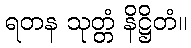
ရတန သုတ္တံ နိဋ္ဌိတံ။